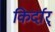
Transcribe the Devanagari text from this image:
किर्दार्